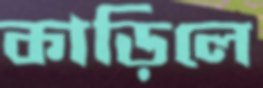
কাড়িলে